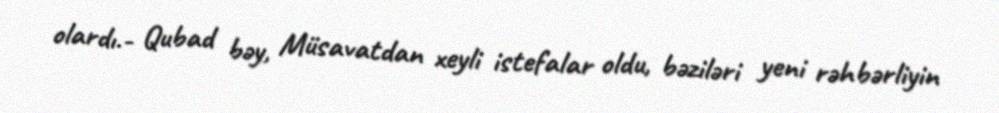
olardı.- Qubad bəy, Müsavatdan xeyli istefalar oldu, bəziləri yeni rəhbərliyin